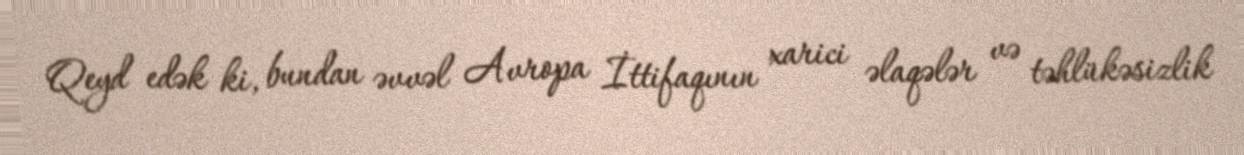
Qeyd edək ki, bundan əvvəl Avropa İttifaqının xarici əlaqələr və təhlükəsizlik